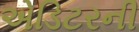
એડિટરની